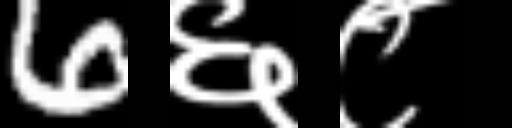
Text: 6६८